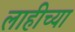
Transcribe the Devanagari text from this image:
लाहीच्या